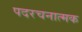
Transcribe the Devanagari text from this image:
पदरचनात्मक